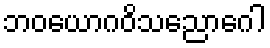
ဘဝယောဂဝိသညောဂေါ